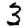
Digit: 3